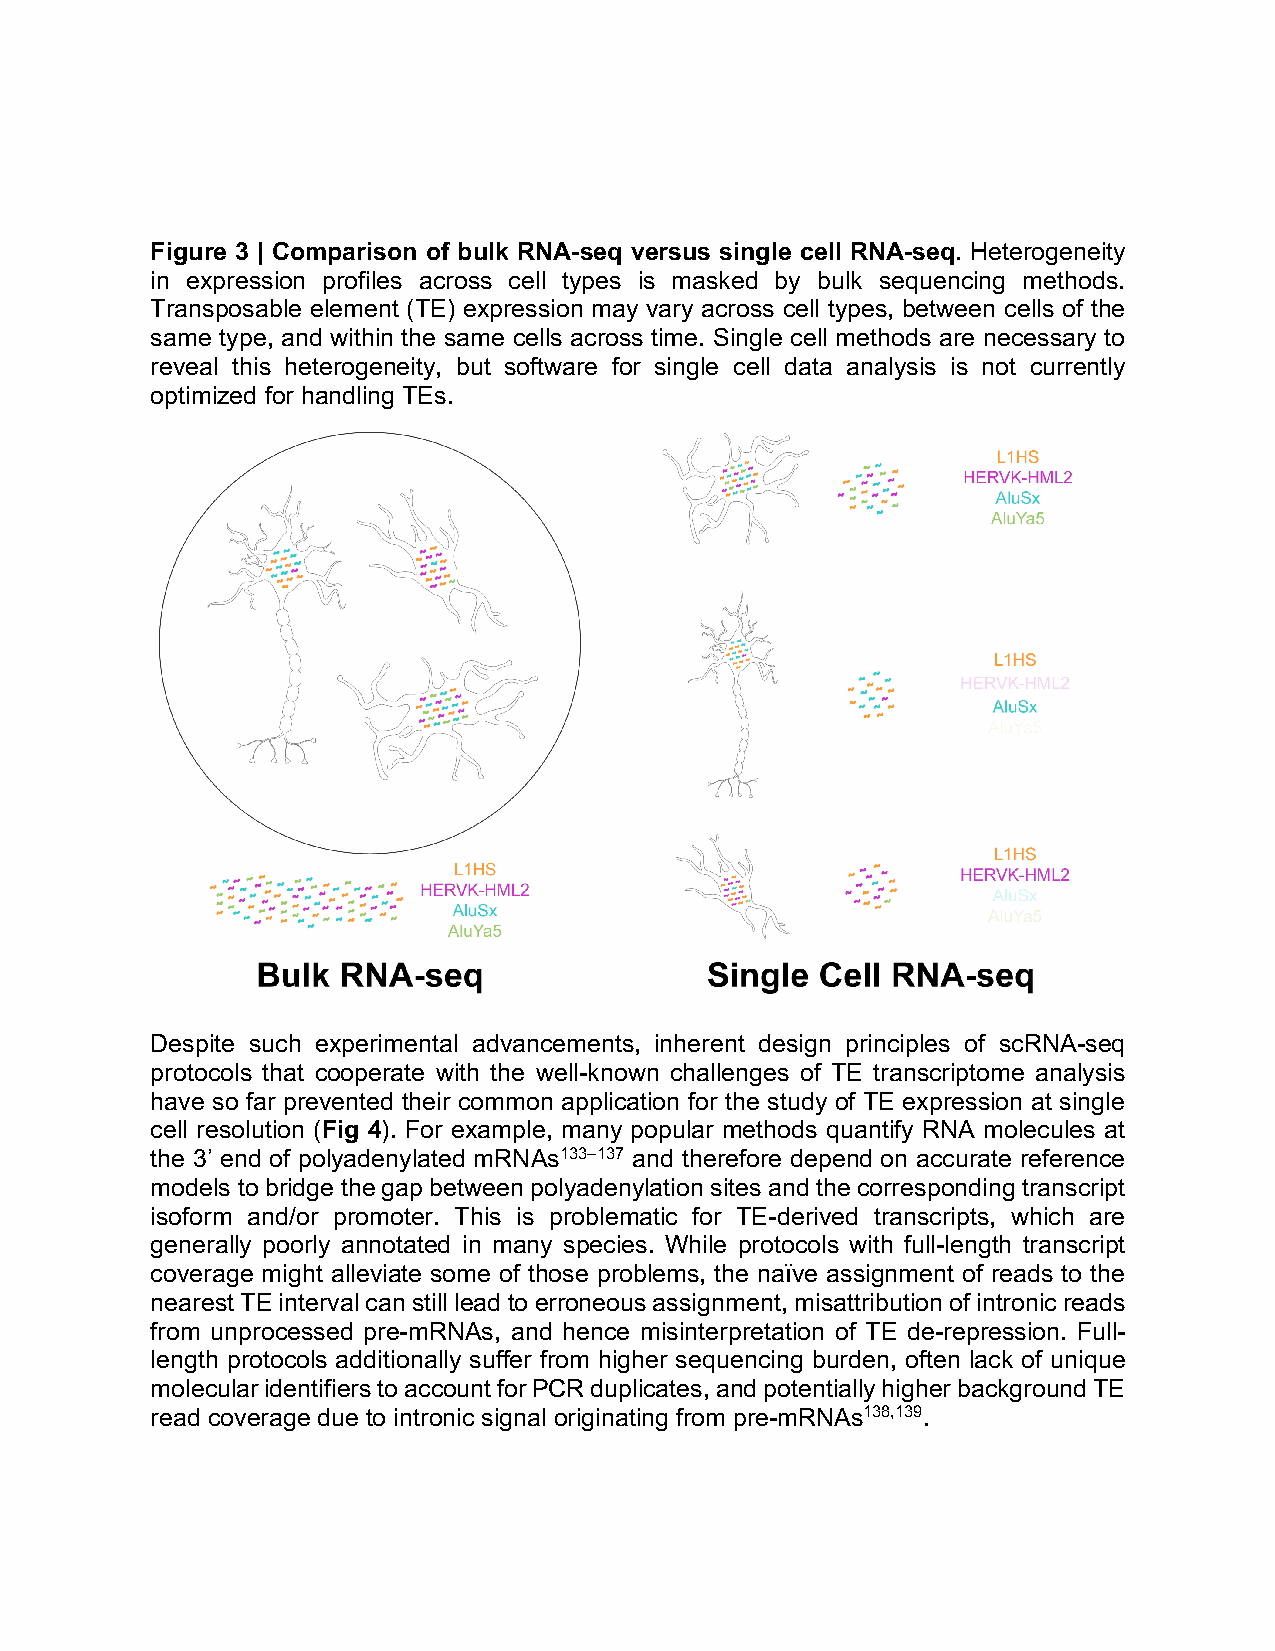
Figure 3 | Comparison of bulk RNA-seq versus single cell RNA-seq. Heterogeneity
 in expression profiles across cell types is masked by bulk sequencing methods.
 Transposable element (TE) expression may vary across cell types, between cells of the
 same type, and within the same cells across time. Single cell methods are necessary to
 reveal this heterogeneity, but software for single cell data analysis is not currently
 optimized for handling TEs.
 Despite such experimental advancements, inherent design principles of scRNA-seq
 protocols that cooperate with the well-known challenges of TE transcriptome analysis
 have so far prevented their common application for the study of TE expression at single
 cell resolution (Fig 4). For example, many popular methods quantify RNA molecules at
 the 3’ end of polyadenylated mRNAs133–137 and therefore depend on accurate reference
 models to bridge the gap between polyadenylation sites and the corresponding transcript
 isoform and/or promoter. This is problematic for TE-derived transcripts, which are
 generally poorly annotated in many species. While protocols with full-length transcript
 coverage might alleviate some of those problems, the naïve assignment of reads to the
 nearest TE interval can still lead to erroneous assignment, misattribution of intronic reads
 from unprocessed pre-mRNAs, and hence misinterpretation of TE de-repression. Full-
 length protocols additionally suffer from higher sequencing burden, often lack of unique
 molecular identifiers to account for PCR duplicates, and potentially higher background TE
 read coverage due to intronic signal originating from pre-mRNAs138,139.